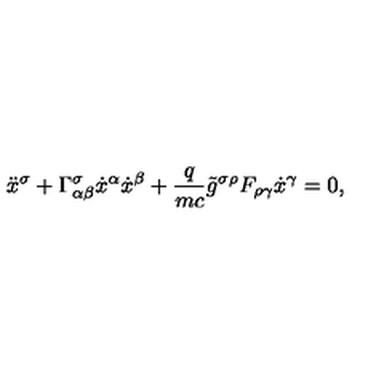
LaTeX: \ddot { x } ^ { \sigma } + { \Gamma } _ { \alpha \beta } ^ { \sigma } \dot { x } ^ { \alpha } \dot { x } ^ { \beta } + \frac { q } { m c } \tilde { g } ^ { \sigma \rho } F _ { \rho \gamma } \dot { x } ^ { \gamma } = 0 { , }